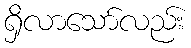
ရှိလာသော်လည်း